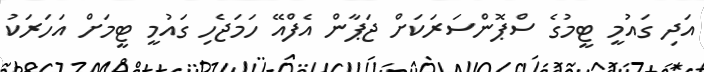
އަދި ގައުމީ ޓީމުގެ ސްޕޮންސަރަކަށް ޖަޕާން އެފްއޭ ހަމަޖެހި ގައުމީ ޓީމަށް އަހަރަކު